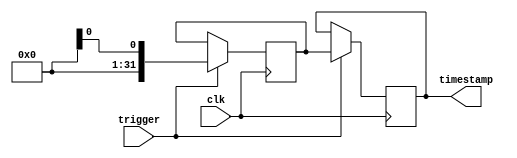
module time_stamping_timer (
  input wire clk,          // Synchronized clock signal
  input wire trigger,      // Input trigger signal to start timestamping process
  output reg [31:0] timestamp // Register to store current system time
);

// Initialize variables
reg [31:0] system_time;

// Process for timestamping
always @(posedge clk) begin
  if (trigger) begin
    system_time <= $time; // Capture current system time
    timestamp <= system_time; // Store timestamp in register
  end
end

endmodule